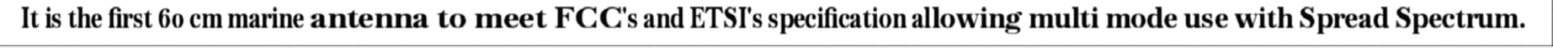
It is the first 60 cm marine antenna to meet FCC's and ETSI's specification allowing multi mode use with Spread Spectrum.